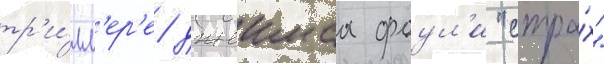
тр'и́лл'ер'е джеимса фоул'и "стра́х"